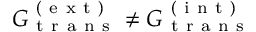
G _ { \mathrm { ~ t ~ r ~ a ~ n ~ s ~ } } ^ { \mathrm { ~ ( ~ e ~ x ~ t ~ ) ~ } } \neq G _ { \mathrm { ~ t ~ r ~ a ~ n ~ s ~ } } ^ { \mathrm { ~ ( ~ i ~ n ~ t ~ ) ~ } }